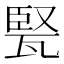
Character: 𤭠